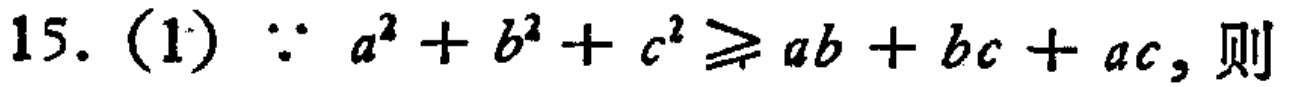
15. (1) $\because a^{2}+b^{2}+c^{2}\geqslant ab + bc + ac$, 则